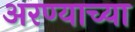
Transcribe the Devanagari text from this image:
अरण्याच्या